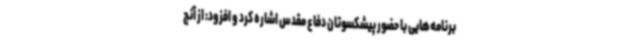
برنامه‌هایی با حضور پیشکسوتان دفاع مقدس اشاره کرد و افزود: از آنج